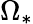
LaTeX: \Omega_{*}